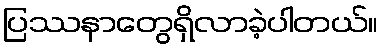
ပြဿနာတွေရှိလာခဲ့ပါတယ်။